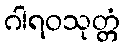
ဂါရဝသုတ္တံ